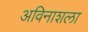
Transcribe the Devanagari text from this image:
अविनाशला